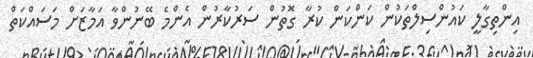
އިންތިގާލީ ކައުންސިލްތަކުން ކަންކަން ކުރާ ގޮތުން ސަރުކާރުން އެންމެ ބޭނުންވާ އަމާޒަށް މަސައްކަތް